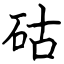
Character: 𥑮